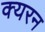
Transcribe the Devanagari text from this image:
क्यरन